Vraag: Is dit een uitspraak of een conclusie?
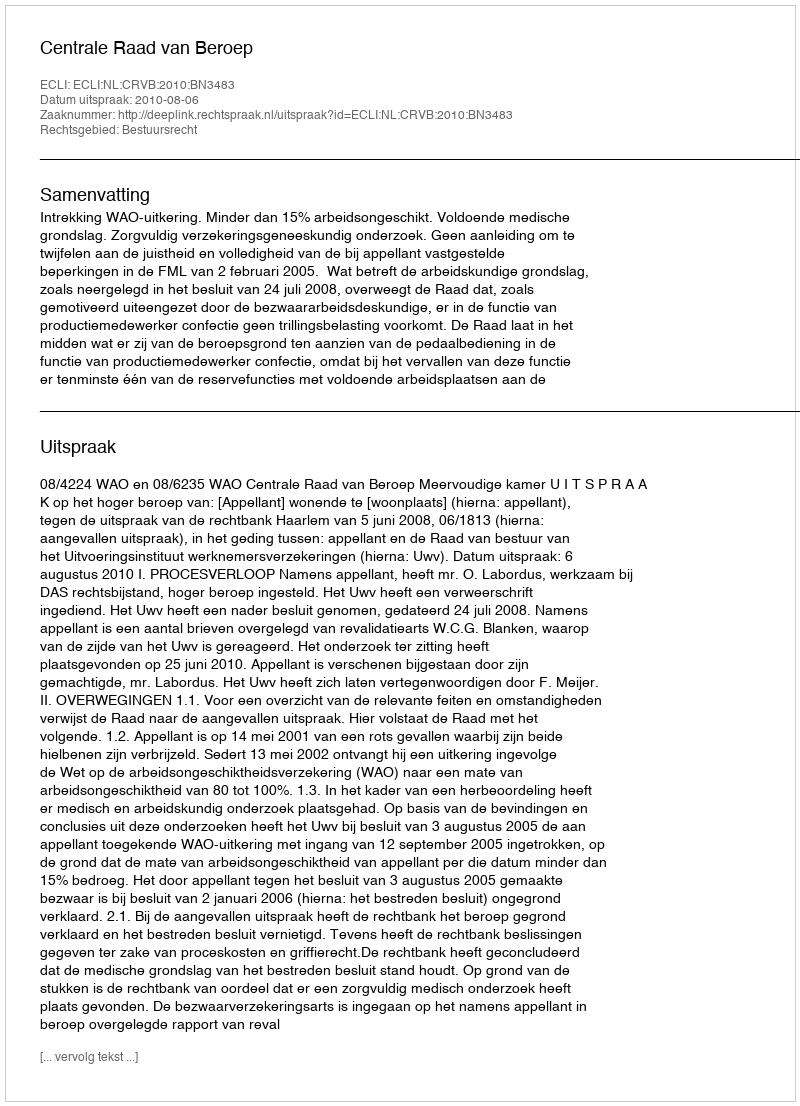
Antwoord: Uitspraak